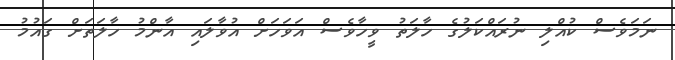
ނަމަވެސް ކުއްލި ނުރައްކަލުގެ ހާލަތު ވީހާވެސް އަވަހަށް އުވާލައި އާންމު ހާލަތަށް ގައުމު